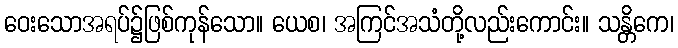
ဝေးသောအရပ်၌ဖြစ်ကုန်သော။ ယေစ၊ အကြင်အသံတို့လည်းကောင်း။ သန္တိကေ၊